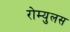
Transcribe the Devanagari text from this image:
रोम्युलस